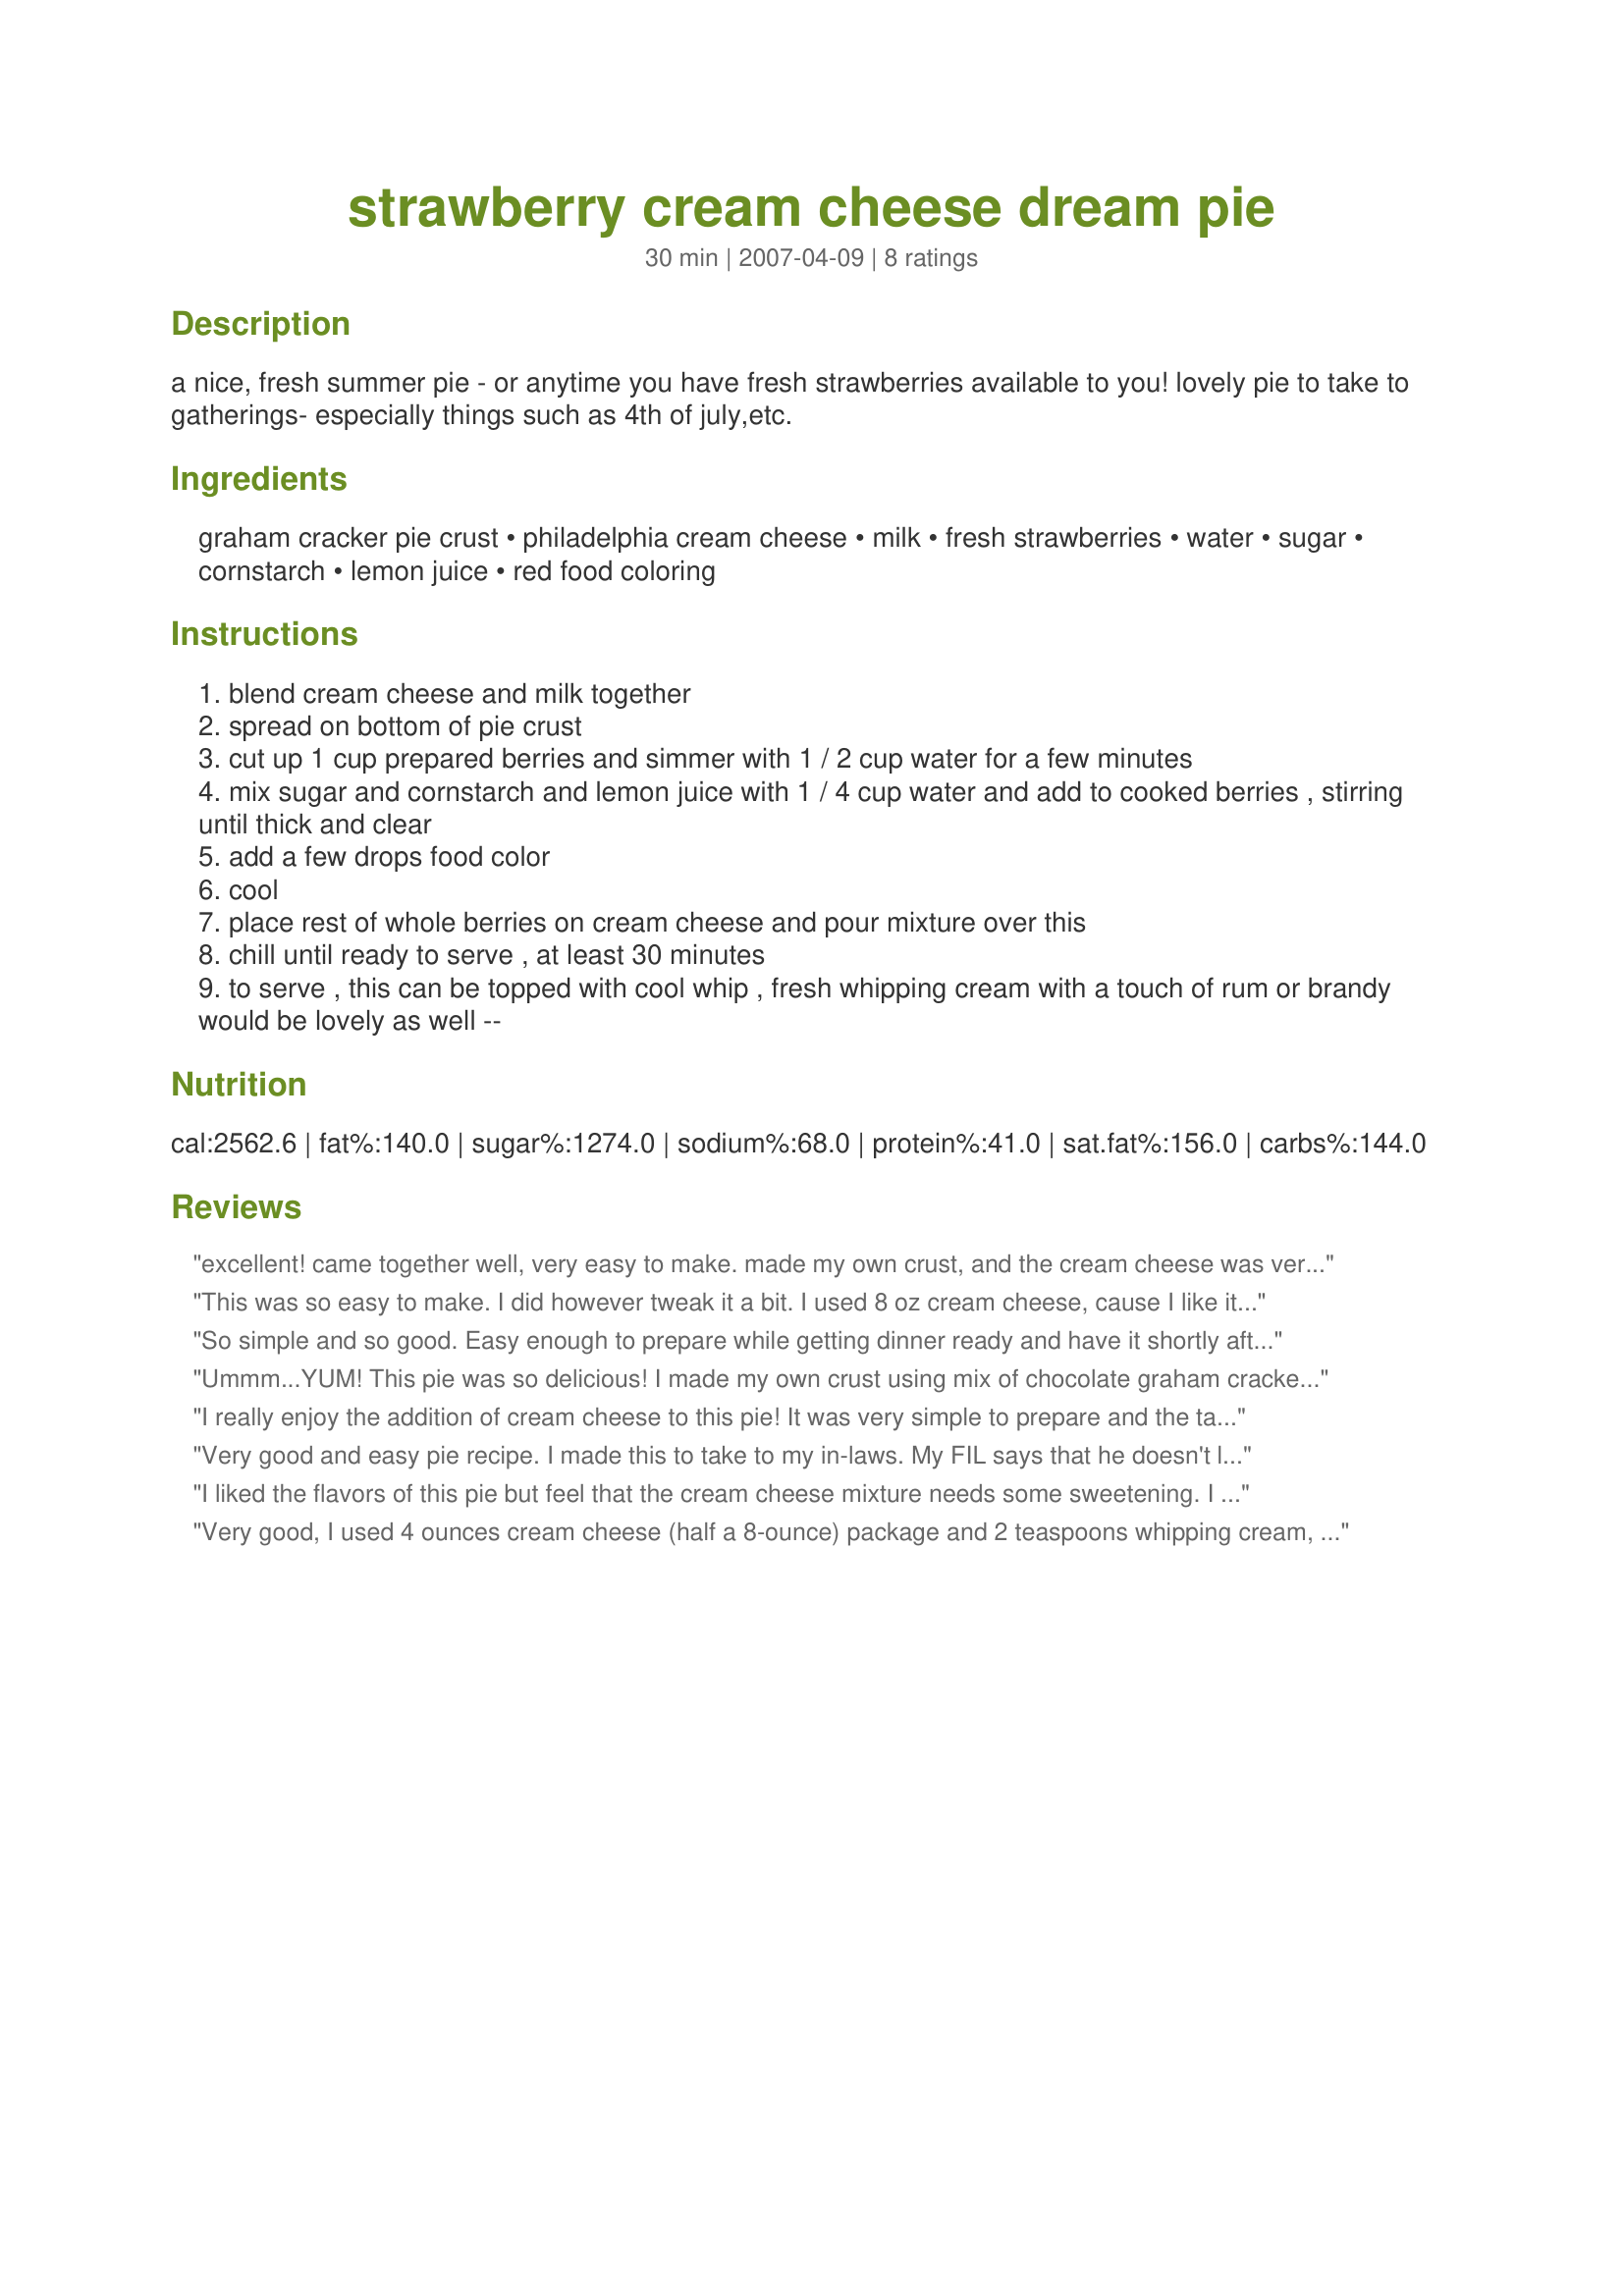
strawberry cream cheese dream pie
Preparation time: 30 minutes

a nice, fresh summer pie - or anytime you have fresh strawberries available to you! lovely pie to take to gatherings- especially things such as 4th of july,etc.

Ingredients:
graham cracker pie crust, philadelphia cream cheese, milk, fresh strawberries, water, sugar, cornstarch, lemon juice, red food coloring

Steps:
blend cream cheese and milk together
spread on bottom of pie crust
cut up 1 cup prepared berries and simmer with 1 / 2 cup water for a few minutes
mix sugar and cornstarch and lemon juice with 1 / 4 cup water and add to cooked berries , stirring until thick and clear
add a few drops food color
cool
place rest of whole berries on cream cheese and pour mixture over this
chill until ready to serve , at least 30 minutes
to serve , this can be topped with cool whip , fresh whipping cream with a touch of rum or brandy would be lovely as well --

Reviews:
excellent! came together well, very easy to make. made my own crust, and the cream cheese was very soft, so I didnt add the milk.
The strawberries I had were a little tart, so I sprinkled the fresh ones with a little sugar.
For the Aussies, a quart of strawberries is about 2 punnets :)
would recommend this recipe!
2009 Aug Aussie swap
This was so easy to make. I did however tweak it a bit. I used 8 oz cream cheese, cause I like it ;) and added 1/3 cup of powdered sugar to sweetened it, cause that's the way I like it. The glaze was wonderful. I won't buy store glaze anymore. The red food coloring is a MUST... when the strawberries cook down in the glaze, you really need to put the color back. Great Recipe, cured my craving for something sweet, but not too sweet. Thanks for sharing! (Made for Bevy Tag 8/08)
So simple and so good. Easy enough to prepare while getting dinner ready and have it shortly afterward. I followed your suggestion and mixed a bit of brandy in with the whipped cream. Yummy! Thanks for posting!
Ummm...YUM! This pie was so delicious! I made my own crust using mix of chocolate graham crackers with regular. Used a little extra reduced fat cream cheese and some berries that needed to be used up. Loved it and will make again with next strawberry season! I do think it took me longer than the stated time to make. Thanks for posting! Edited to add: Leftovers not so great. My crust got soggy b/c the pie became a little watery.
I really enjoy the addition of cream cheese to this pie! It was very simple to prepare and the taste is wonderful. Instead of the graham cracker crust, though, I made it using "Recipe#51537", my new favorite pie crust! This strawberry pie recipe is one I will use whenever fresh strawberries are in season! Made for ZWT3 2007.
Very good and easy pie recipe. I made this to take to my in-laws. My FIL says that he doesn't like cream cheese so I substituted the tsp of milk in the cream cheese with a dollop of whipped cream and added a Tbsp of sugar. The pie turned out great. My in-laws enjoyed it and my FIL never even noticed the cream cheese. LOL Thanks for sharing a great summer pie recipe. Made for July, 2008 Bevy Tag.
I liked the flavors of this pie but feel that the cream cheese mixture needs some sweetening. I will make this again and double the cream cheese mixture and transfer some of the sugar from the strawberry glaze into the cream cheese mixture. I liked the graham flavor with the strawberries.
Very good, I used 4 ounces cream cheese (half a 8-ounce) package and 2 teaspoons whipping cream, I might double the cream cheese recipe when making this again as it was a very thin layer, also I do suggest to chill the cream cheese layer for 1 hour before topping, I did add in the red food colouring or this would have had very little colour, thanks for sharing this great strawberry treat...Kitten:)
